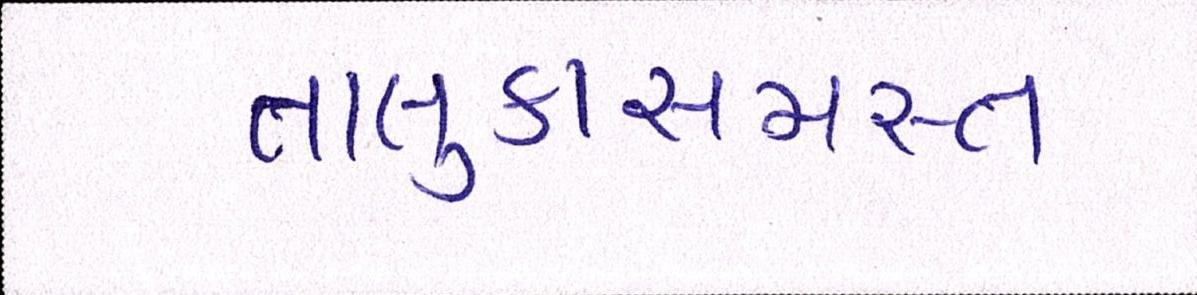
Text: તાલુકાસમસ્ત